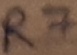
Text: R7